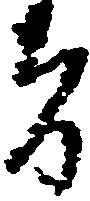
者